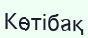
Көтібақ